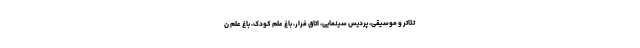
تئاتر و موسیقی، پردیس سینمایی، اتاق فرار، باغ علم کودک، باغ علم ن